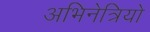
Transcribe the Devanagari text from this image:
अभिनेत्रियो